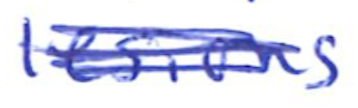
Text: lesions
Cross-out: scratch
Writing tool: ballpoint